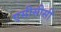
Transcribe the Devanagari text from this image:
एसीसीसी